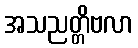
အသညတ္တိဗလာ